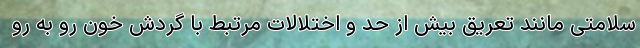
سلامتی مانند تعریق بیش از حد و اختلالات مرتبط با گردش خون رو به رو